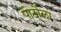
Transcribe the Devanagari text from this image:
पोर्टोला